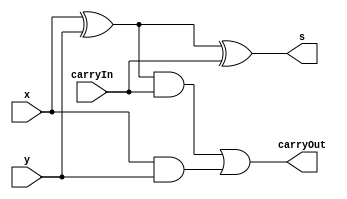
// ------------------------- 
// Exemplo0032
// Nome: Alvaro Henrique de Araujo Rungue
// ------------------------- 

// ------------------------- 
// Full adder 
// ------------------------- 

module FullAdder(s, carryOut, x, y, carryIn);
  output s, carryOut;
  input x, y, carryIn;
  wire a, b, c;

//-- portas 
  xor (a, x, y);
  xor (s, a, carryIn);   
  and (b, x, y);
  and (c, a, carryIn);
  or (carryOut, c, b);
  
endmodule //--FullAdder

// ------------------------- 
// somador
// ------------------------- 

module somador(s, carryOut, x, y, carryIn);
  output [3:0] s;
  output carryOut;
  input  [3:0] x, y;
  input carryIn;
  
  wire c1, c2, c3, z1, z2, z3, z4, z5;
  
  //--portas 
  xor (z1, y[0] , carryIn);
  xor (z2, y[1] , carryIn);
  xor (z3, y[2] , carryIn);
  xor (z4, y[3] , carryIn);
  FullAdder FULLADDER0(s[0], c1, x[0], z1, carryIn);
  FullAdder FULLADDER1(s[1], c2, x[1], z2, c1);
  FullAdder FULLADDER2(s[2], c3, x[2], z3, c2);
  FullAdder FULLADDER3(s[3], z5, x[3], z4, c3);
  xor (carryOut, z5 , carryIn);
  
endmodule //--somador

 module verificarSeE0(output s , input [3:0] a);
 
 wire tmp0,tmp1,tmp2,tmp3;
 
 nor NOR0( tmp0 , 0 , a[0]);
 nor NOR1( tmp1 , 0 , a[1]);
 nor NOR2( tmp2 , 0 , a[2]);
 nor NOR3( tmp3 , 0 , a[3]);
 
 assign s = tmp0 & tmp1 & tmp2 & tmp3;
 
endmodule //-- FIm testa se e 0

module test_exemplo0032; 
// ------------------------- definir dados 
reg [3:0] x; 
reg [3:0] y; 
reg carry; 
wire [3:0] soma;
wire carryOut , resp; 

somador SOMADOR0(soma, carryOut, x, y, carry);

//-- VErificar se o resultado e 0
verificarSeE0 VERIFICAR0(resp, soma);

// ------------------------- parte principal 
  initial
  begin
  $display("Exemplo0032 - Alvaro Henrique de Araujo Rungue - 395487"); 
  $display("Test Exemplo0032: "); 
  
  //--Testes
  $monitor($time," x = %b y = %b carryIn = %b ********* carry out = %b soma = %b *** Verificacao se e 0 : %b\n",x, y, carry,carryOut,soma,resp );
  end
  
  // Entradas
  initial
  begin
  x = 4'b0010;y = 4'b0100; carry = 1'b0;


  #5 x = 4'b0001;y = 4'b1111;
  #5 x = 4'b0011;y = 4'b1011;
  #5 x = 4'b0001;y = 4'b1011;
  #5 x = 4'b0001;y = 4'b1011;
  
   #5 x = 4'b0010;y = 4'b0100;carry = 1'b1;
   #5 x = 4'b1001;y = 4'b1111;
   #5 x = 4'b0011;y = 4'b1011;
   #5 x = 4'b0101;y = 4'b1011;
   #5 x = 4'b1001;y = 4'b1011;

  end
endmodule // --test